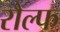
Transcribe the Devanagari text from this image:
रौल्फ